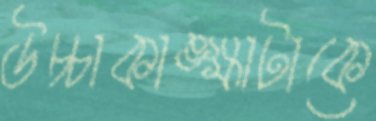
উচ্চাকাঙ্ক্ষাটাকে